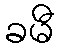
ခမီ